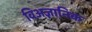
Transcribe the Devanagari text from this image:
विअज्ञानिक